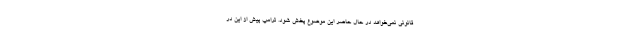
قانونی نمی‌خواهد در حال حاضر این موضوع پخش شود. ترامپ پیش از این در